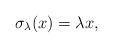
LaTeX: \begin{align*}\sigma_\lambda(x)=\lambda x,\end{align*}